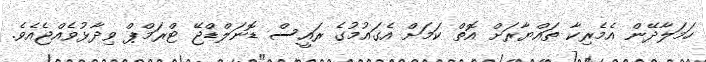
ހަމަލާދޭން އެމެރިކާ ތައްޔާރަށް އޮތް ކަމަށް އެގައުމުގެ ރައީސް ޑޮނަލްޑްޖޭ ޓްރަމްޕް ވިދާޅުވެއްޖެއެވެ.